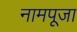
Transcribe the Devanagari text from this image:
नामपूजा